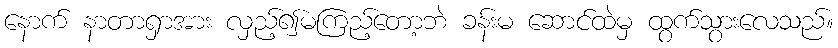
နောက် နာတာရှာအား လှည့်၍မကြည့်တော့ဘဲ ခန်းမ ဆောင်ထဲမှ ထွက်သွားလေသည်။